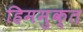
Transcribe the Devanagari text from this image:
हिममुक्त